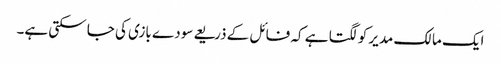
ایک مالک مدیر کو لگتا ہے کہ فائل کے ذریعے سودے بازی کی جا سکتی ہے۔